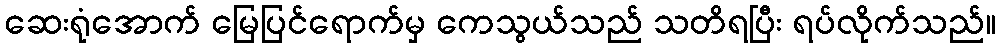
ဆေးရုံအောက် မြေပြင်ရောက်မှ ကေသွယ်သည် သတိရပြီး ရပ်လိုက်သည်။